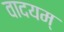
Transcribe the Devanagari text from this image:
वादयम्